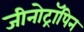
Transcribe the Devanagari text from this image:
जीनोट्रॉपिन